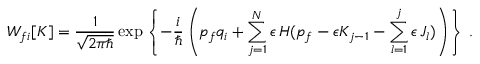
W _ { f i } [ K ] = \frac { 1 } { \sqrt { 2 \pi \hbar } } \exp \left\{ - \frac { i } { \hbar } \left( p _ { f } q _ { i } + \sum _ { j = 1 } ^ { N } \epsilon \, H ( p _ { f } - \epsilon K _ { j - 1 } - \sum _ { l = 1 } ^ { j } \epsilon \, J _ { l } ) \right) \right\} \, .